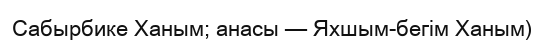
Сабырбике Ханым; анасы — Яхшым-бегім Ханым)